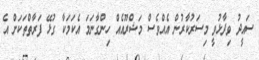
ސައީދު ވިދާޅުވީ މިސަރުކާރުން އެއްވެސް މަޝްރޫއެއް ހިންގާނަމަ އެކަމަކާ ގުޅޭ ފަރާތްތަކަށް އެ